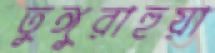
তুঙ্গুরাহুয়া